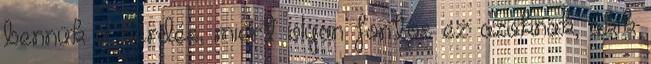
bennük a kérdés, miért olyan fontos ez azoknak, akik